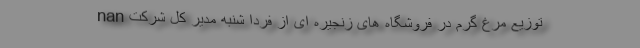
nan توزیع مرغ گرم در فروشگاه های زنجیره ای از فردا شنبه مدیر کل شرکت